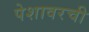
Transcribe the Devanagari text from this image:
पेशावरची